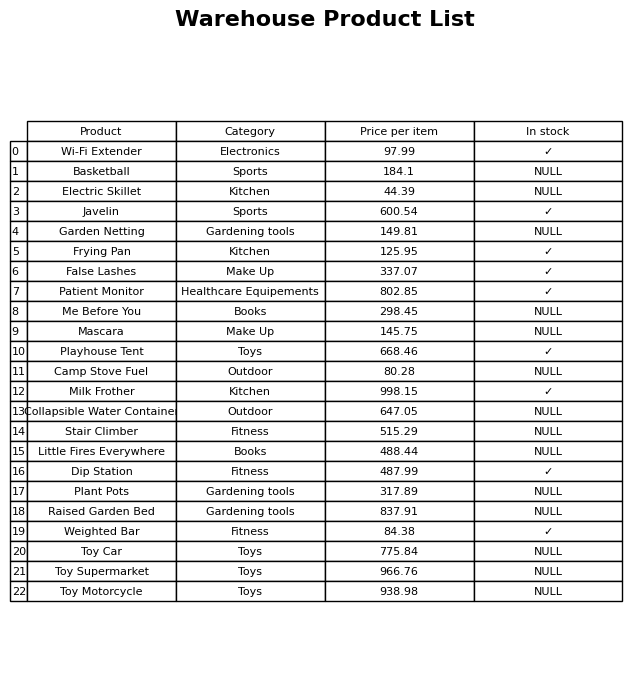
question: What is the price for Little Fires Everywhere?
answer: The price of Little Fires Everywhere is 488.44.